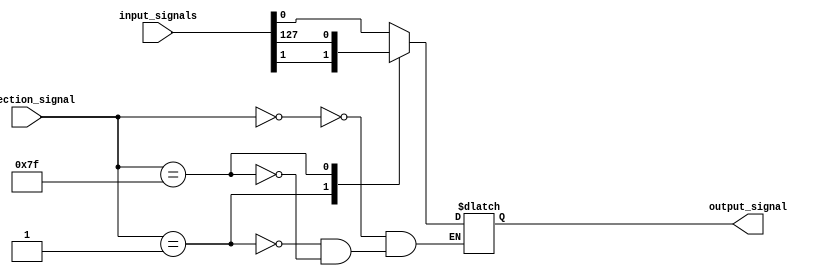
module mux_128to1 (
    input [127:0] input_signals,
    input [6:0] selection_signal,
    output reg output_signal
);

always @ (*) begin
    case (selection_signal)
        7'b0000000: output_signal = input_signals[0];
        7'b0000001: output_signal = input_signals[1];
        // Add cases for all 128 input signals
        // .....
        7'b1111111: output_signal = input_signals[127];
    endcase
end

endmodule